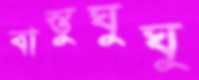
বাস্তুঘুঘু